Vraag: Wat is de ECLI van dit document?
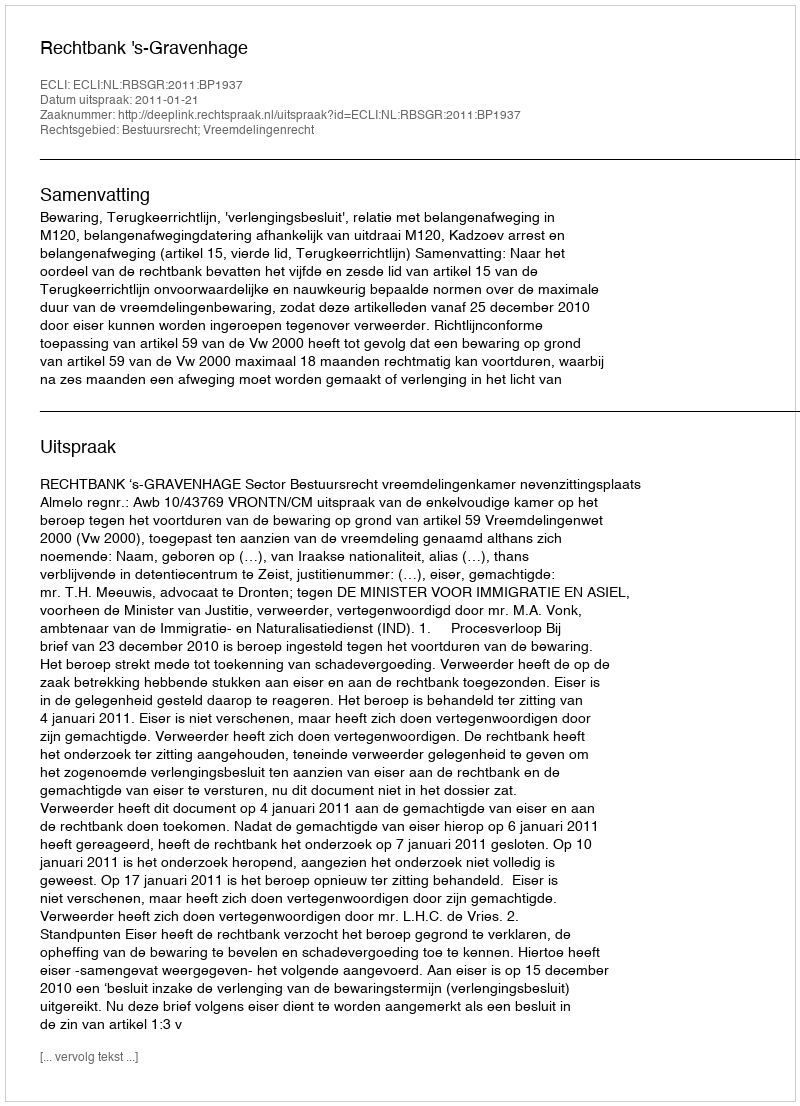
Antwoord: ECLI:NL:RBSGR:2011:BP1937